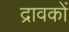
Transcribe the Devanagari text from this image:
द्रावकों